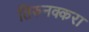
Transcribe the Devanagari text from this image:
तिरुनक्करा